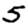
Digit: 5